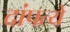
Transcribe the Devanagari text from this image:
दांपत्ये